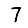
Digit: 7